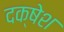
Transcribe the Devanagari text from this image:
दक्षेश